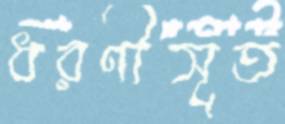
ধরণীসূত